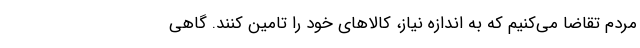
مردم تقاضا می‌کنیم که به اندازه نیاز، کالاهای خود را تامین کنند. گاهی